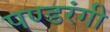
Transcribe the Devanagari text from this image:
पण्डरंगी